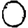
Digit: 0